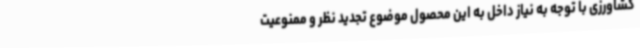
کشاورزی با توجه به نیاز داخل به این محصول موضوع تجدید نظر و ممنوعیت